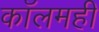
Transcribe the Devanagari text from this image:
कॉलमही